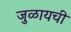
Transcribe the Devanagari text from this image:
जुळायची